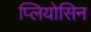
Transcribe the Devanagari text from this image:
प्लियोसिन